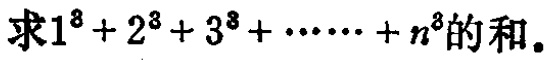
求\(1^{3}+2^{3}+3^{3}+\cdots +n^{3}\)的和。